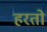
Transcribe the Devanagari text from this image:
हरतो